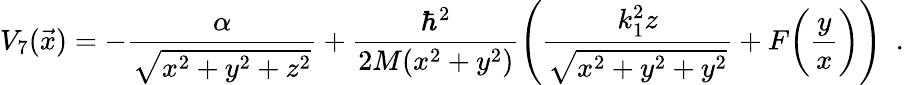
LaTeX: V_{7}(\vec{x})=-{\frac{\alpha}{\sqrt{x^{2}+y^{2}+z^{2}}}}+{\frac{\hbar^{2}}{2M(x^{2}+y^{2})}}\Bigg({\frac{k_{1}^{2}z}{\sqrt{x^{2}+y^{2}+y^{2}}}}+F\bigg({\frac{y}{x}}\bigg)\Bigg)\enspace.